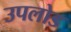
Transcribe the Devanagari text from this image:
उपलोड